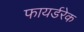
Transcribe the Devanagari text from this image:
फायर्डरेक